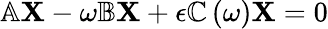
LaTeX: \mathbb{A}\mathbf{X}-\omega\mathbb{B}\mathbf{X}+\epsilon\mathbb{C}\left(\omega\right)\mathbf{X}=0